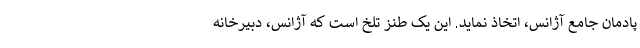
پادمان جامع آژانس، اتخاذ نماید. این یک طنز تلخ است که آژانس، دبیرخانه